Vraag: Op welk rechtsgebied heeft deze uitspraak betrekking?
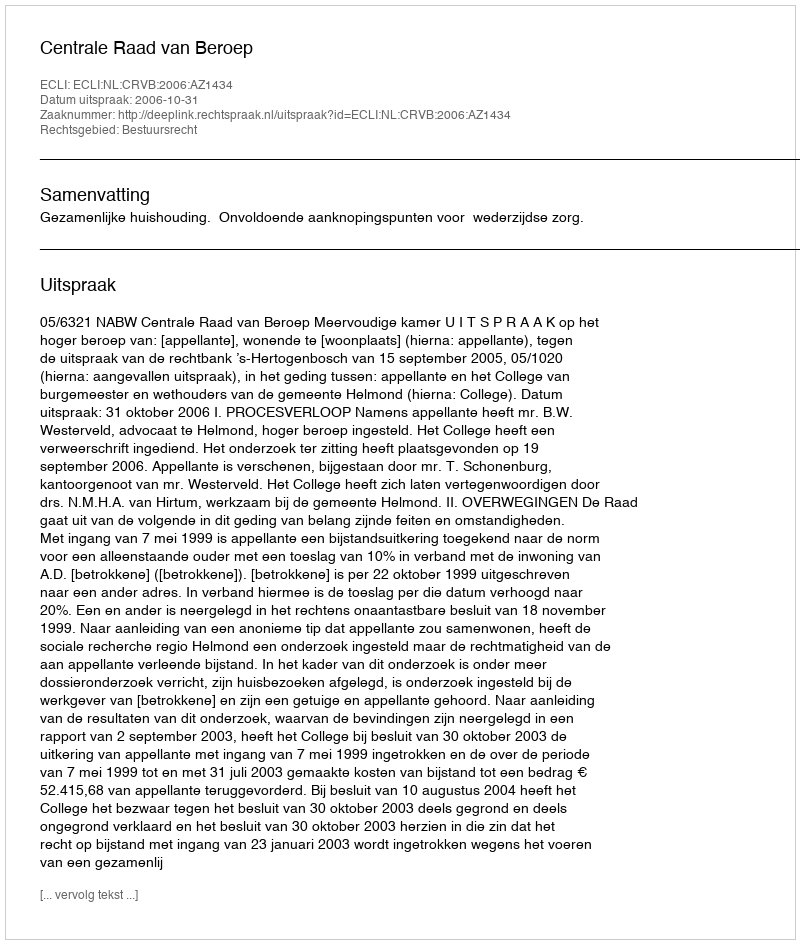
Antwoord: Bestuursrecht